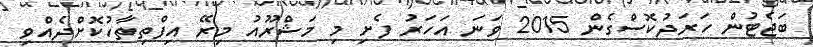
ބަޖެޓުން ހަރަދުކޮސްގެން 2015 ވަނަ އަހަރު ފެށި މި މަޝްރޫއު މިރޭ އިފްތިތާހުކޮށްދެއްވި